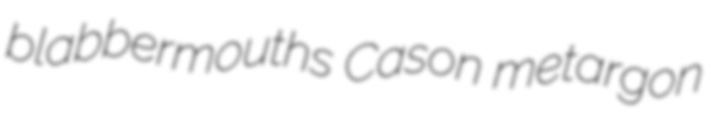
blabbermouths Cason metargon